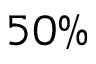
5 0 \%